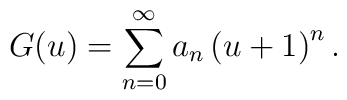
G(u) = \sum_{n=0}^{\infty} a_n \left(u+1 \right)^n.